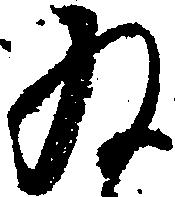
為